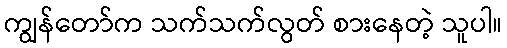
ကျွန်တော်က သက်သက်လွတ် စားနေတဲ့ သူပါ။